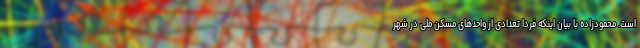
است. محمودزاده با بیان اینکه فردا تعدادی از واحدهای مسکن ملی در شهر